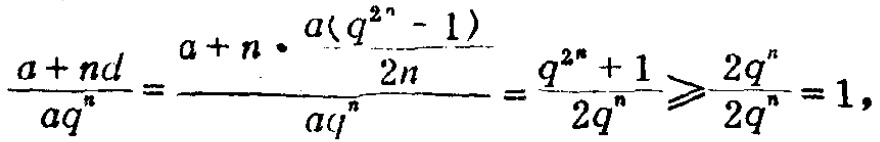
\[\frac{a + nd}{aq^{n}}=\frac{a + n\cdot\frac{a(q^{2n}-1)}{2n}}{aq^{n}}=\frac{q^{2n}+1}{2q^{n}}\geqslant\frac{2q^{n}}{2q^{n}} = 1,\]